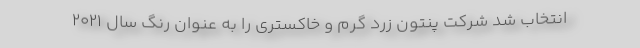
انتخاب شد شرکت پنتون زردِ گرم و خاکستری را به عنوان رنگ سال ۲۰۲۱